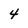
Character: 4